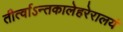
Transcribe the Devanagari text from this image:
तीर्त्वाऽन्तकालेहरेरालयं